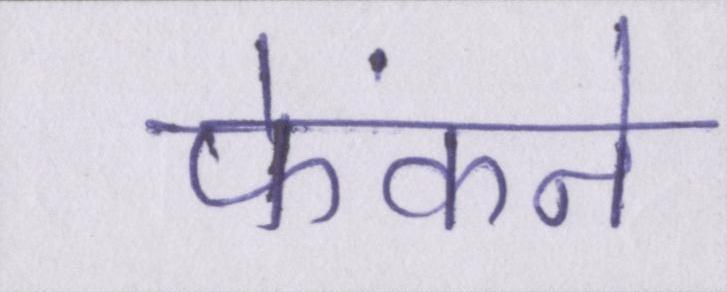
फेंकने